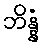
ဘိန္နံ